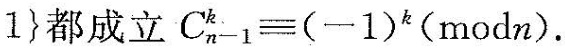
1}都成立$$C _ { k } ^ { n-1 } ≡ ( 一 1 ) ^